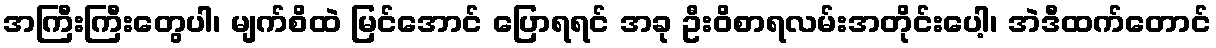
အကြီးကြီးတွေပါ၊ မျက်စိထဲ မြင်အောင် ပြောရရင် အခု ဦးဝိစာရလမ်းအတိုင်းပေါ့၊ အဲဒီထက်တောင်